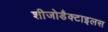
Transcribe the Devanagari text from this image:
शीजोडैक्टाइलस